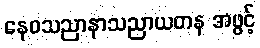
နေဝသညာနာသညာယတန အဖွင့်